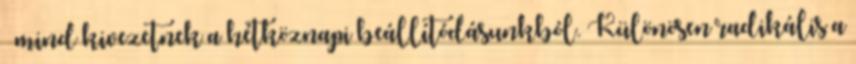
– mind kivezetnek a hétköznapi beállítódásunkból. Különösen radikális a